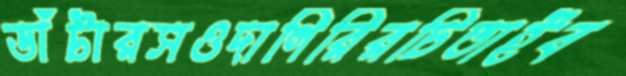
ডাঁটারসওদাগিরিরচিতাইব